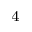
^ 4